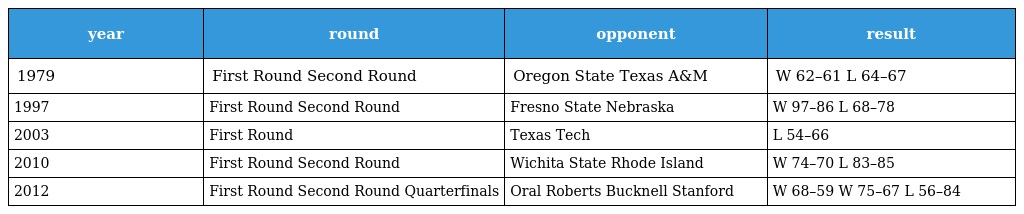
| year | round | opponent | result |
 | --- | --- | --- | --- |
 | 1979 | First Round Second Round | Oregon State Texas A&M | W 62–61 L 64–67 |
 | 1997 | First Round Second Round | Fresno State Nebraska | W 97–86 L 68–78 |
 | 2003 | First Round | Texas Tech | L 54–66 |
 | 2010 | First Round Second Round | Wichita State Rhode Island | W 74–70 L 83–85 |
 | 2012 | First Round Second Round Quarterfinals | Oral Roberts Bucknell Stanford | W 68–59 W 75–67 L 56–84 |